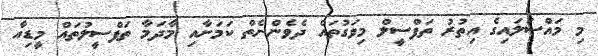
މި މައްސަލައިގެ އިތުރު ތަފްސީލް މިވަގުތައް ދެވެންނެތް ކަމަށާއި މާދަމާ ތަފްސީލުތައް މީޑިއާ